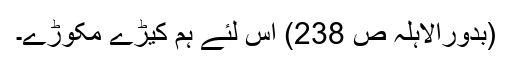
(بدورالاہلہ ص 238) اس لئے ہم کيڑے مکوڑے۔